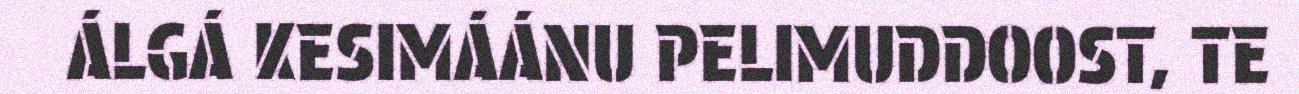
ÁLGÁ KESIMÁÁNU PELIMUDDOOST, TE